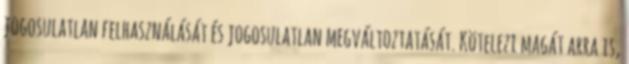
jogosulatlan felhasználását és jogosulatlan megváltoztatását. Kötelezi magát arra is,